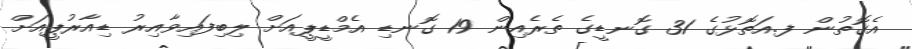
އެގޮތުން ފ.އަތޮޅުގެ 31 ގޮނޑީގެ ތެރެއިން 19 ގޮނޑި އެމްޑީޕީއަށް ލިބިފައިވާއިރު ޑިއާރުޕީއަށް